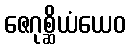
ဇေဂုစ္ဆိယံယေဝ